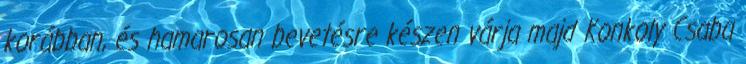
korábban, és hamarosan bevetésre készen várja majd Konkoly Csaba